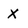
Character: X